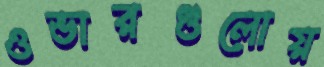
ওভারগুলোয়